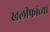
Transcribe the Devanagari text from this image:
खलीफांच्या